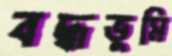
বদ্ধভূমি